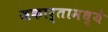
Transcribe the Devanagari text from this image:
जकार्तामध्ये